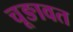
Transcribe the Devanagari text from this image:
चूङावत